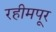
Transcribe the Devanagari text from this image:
रहीमपूर